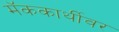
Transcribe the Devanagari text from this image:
मॅककार्थीवर